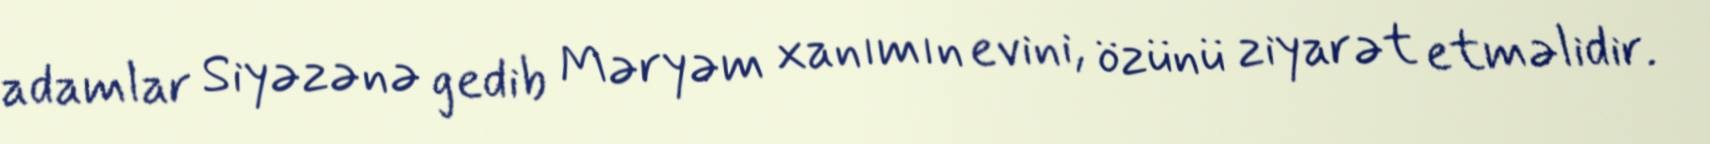
adamlar Siyəzənə gedib Məryəm xanımın evini, özünü ziyarət etməlidir.